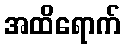
အထိရောက်